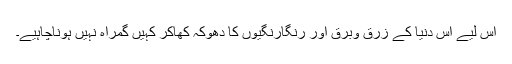
اس لیے اس دنیا کے زرق وبرق اور رنگارنگیوں کا دھوکہ کھاکر کہیں گمراہ نہیں ہوناچاہیے۔